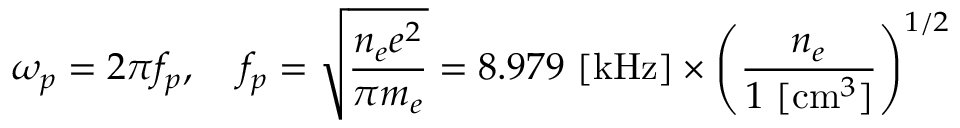
\omega _ { p } = 2 \pi f _ { p } , \; \; \; \; f _ { p } = \sqrt { \frac { n _ { e } e ^ { 2 } } { \pi m _ { e } } } = 8 . 9 7 9 ~ [ \mathrm { k H z } ] \times \left( \frac { n _ { e } } { 1 ~ [ \mathrm { c m } ^ { 3 } ] } \right) ^ { 1 / 2 }